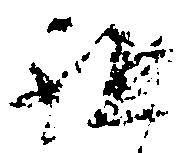
祖